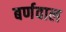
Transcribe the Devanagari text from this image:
बर्णवाल